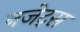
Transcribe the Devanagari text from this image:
नजेट्स